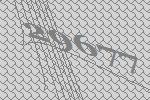
29677